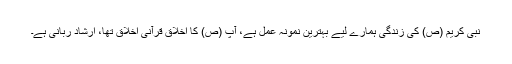
نبی کریم (ص) کی زندگی ہمارے لیے بہترین نمونہِ عمل ہے، آپ (ص) کا اخلاق قرآنی اخلاق تھا، ارشادِ ربانی ہے۔